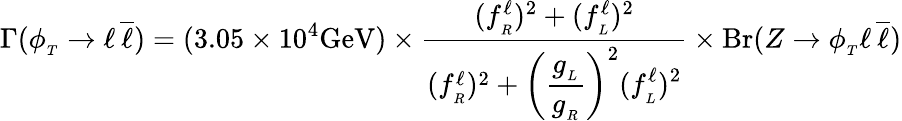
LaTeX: \Gamma(\phi_{_T}\to\ell\, \overline{{{\ell}}})=(3.05\times 10^{4}{\mathrm{GeV}})\times{\frac{(f_{_R}^{\ell})^{2}+(f_{_L}^{\ell})^{2}}{(f_{_R}^{\ell})^{2}+\displaystyle{\left({\frac{g_{_L}}{g_{_R}}}\right)^{2}}(f_{_L}^{\ell})^{2}}}\times\mathrm{Br}(Z\to\phi_{_T}\ell\, \overline{{{\ell}}})